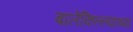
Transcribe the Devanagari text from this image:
बालेकिल्ल्यांच्या